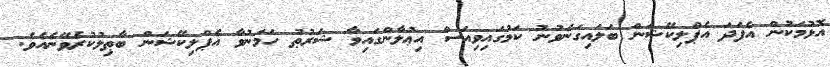
އޮޅުމަކުން އެފަދަ އެޕްލިކޭޝަން ބަލައިގަނެވުނު ކަމުގައިވިއަސް އިޢުލާންގައިވާ ޝަރުޠު ހަމަނުވާ އެޕްލިކޭޝަން ބާޠިލުކުރެވޭނެއެވެ.